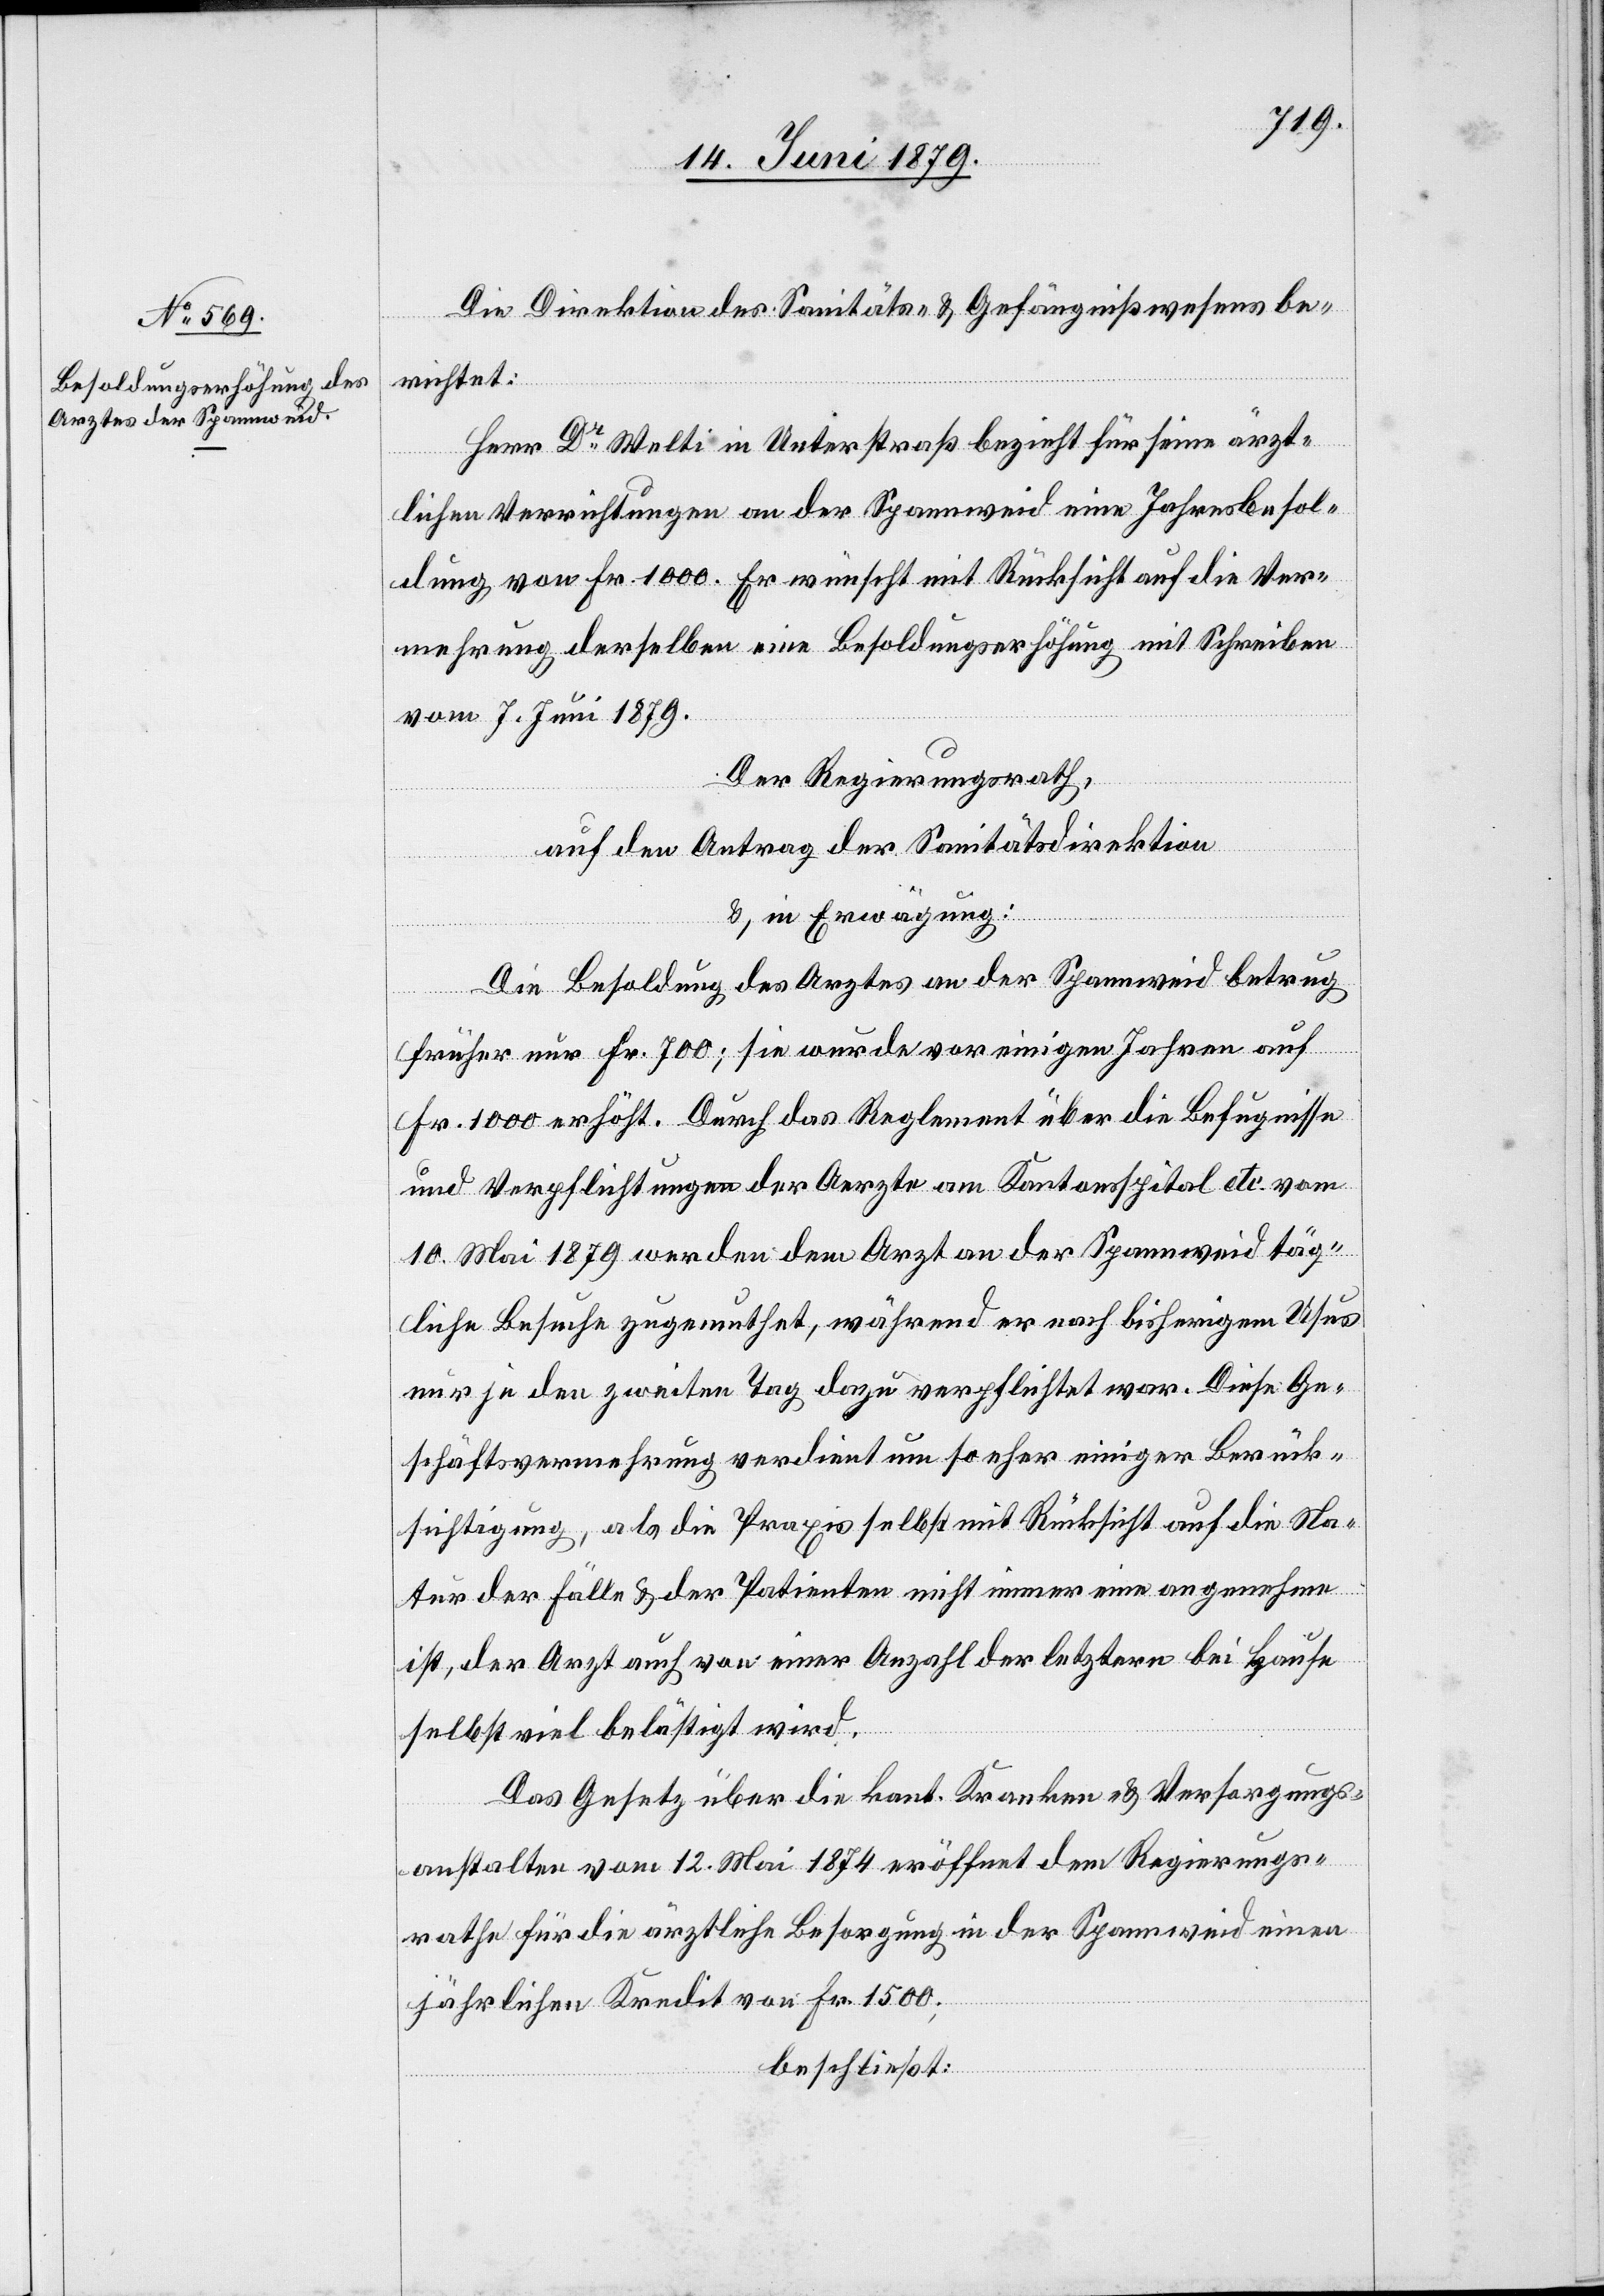
Die Direktion des Sanitäts- und Gefängnißwesens be¬
richtet:
Herr Dr Welti in Unterstraß bezieht für seine ärzt¬
lichen Verrichtungen an der Spannweid eine Jahresbesol¬
dung vorn Fr. 1000. Er wünscht mit Rücksicht auf die Ver¬
mehrung derselben eine Besoldungserhöhung mit Schreiben
vom 7. Juni 1879.
Der Regierungsrath,
auf den Antrag der Sanitätsdirektion
&, in Erwägung:
Die Besoldung des Arztes an der Spannweid betrug
früher nur Fr. 700; sie wurde vor einigen Jahren auf
Fr. 1000 erhöht. Durch das Reglement über die Befugnisse
und Verpflichtungen der Aerzte am Kantonsspital etc. vom
10. Mai 1879 werden dem Arzt an der Spannweid täg¬
liche Besuche zugemuthet, während er nach bisherigem Usus
nur je den zweiten Tag dazu verpflichtet war. Diese Ge¬
schäftsvermehrung verdient um so eher einiger Berück¬
sichtigung, als die Praxis selbst mit Rücksicht auf die Na¬
tur der Fälle & der Patienten nicht immer eine angenehme
ist, der Arzt auch von einer Anzahl der letztern bei Hause
selbst viel belästigt wird.
Das Gesetz über die kant. Kranken- & Versorgungs¬
anstalten vom 12. Mai 1874 eröffnet dem Regierungs¬
rathe für die ärztliche Besorgung in der Spannweid einen
jährlichen Kredit von Fr. 1500;
beschließt: